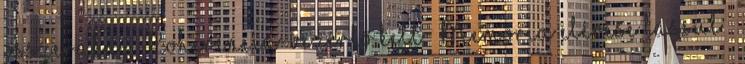
összerakni ● Koherencia-vezérlő kell ● Memória elérése lassul –